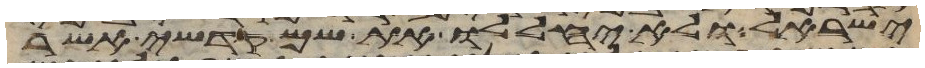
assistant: ישראל ולא יחללו את שם קדשי אשר